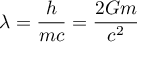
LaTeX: \lambda = { \frac { h } { m c } } = { \frac { 2 G m } { c ^ { 2 } } }